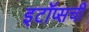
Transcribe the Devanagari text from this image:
इटॉप्सची